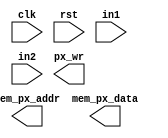
`timescale 1ns / 1ps

module FSM_game (
	 	input clk,
		input rst,
		input in1,
		input in2,
		output mem_px_addr,
		output mem_px_data,
		output px_wr
   );

	/**aca va el codigo de cada grupo**/
endmodule